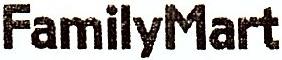
FAMILYMART